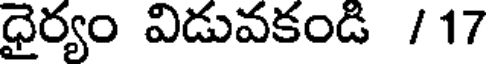
ధైర్యం విడువకండి /17